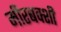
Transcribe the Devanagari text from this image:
मीरबक्शी